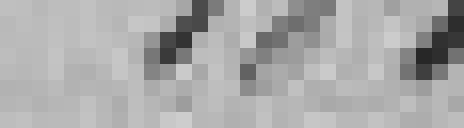
181